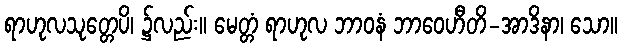
ရာဟုလသုတ္တေပိ၊ ၌လည်း။ မေတ္တံ ရာဟုလ ဘာဝနံ ဘာဝေဟီတိ-အာဒိနာ၊ သော။